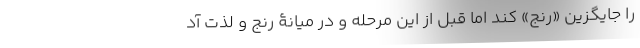
را جایگزین «رنج» کند اما قبل از این مرحله و در میانۀ رنج و لذت آد